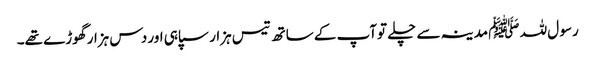
رسو ل للہ ﷺ مدینہ سے چلے توآپ کے ساتھ تیس ہزار سپاہی اور دس ہزار گھوڑے تھے۔